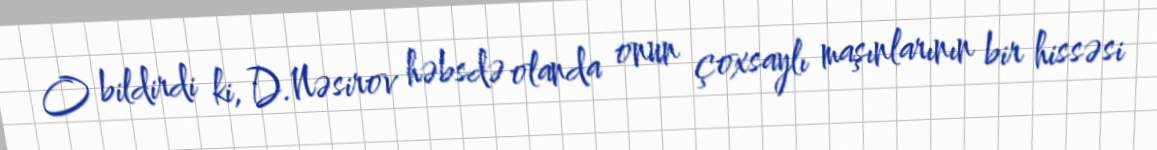
O bildirdi ki, D.Nəsirov həbsdə olanda onun çoxsaylı maşınlarının bir hissəsi